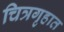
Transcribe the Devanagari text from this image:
चित्रगृहात